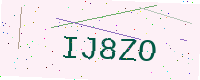
Text: IJ8ZO